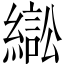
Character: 𦄸